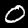
Label: 0